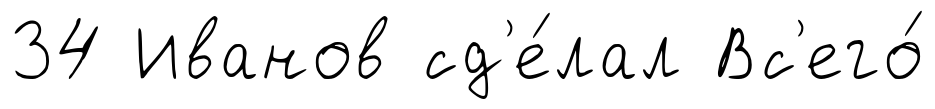
34 Иванов сд'е́лал Вс'его́